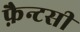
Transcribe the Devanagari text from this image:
फ़ैन्टसी